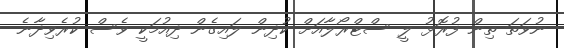
ނުވަތަ ތިން ފުރޮޅު ލީ ސްޓްރޯލާއަށް ކުދިން ލައިގެން ދިއުމަކީ ވެސް ކުރެވިދާނެ